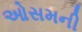
ઓસમની